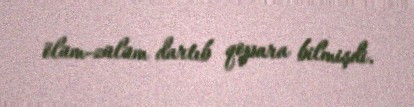
ölüm-zülüm dartıb qopara bilmişdi.